Annual report on the health of the army in India
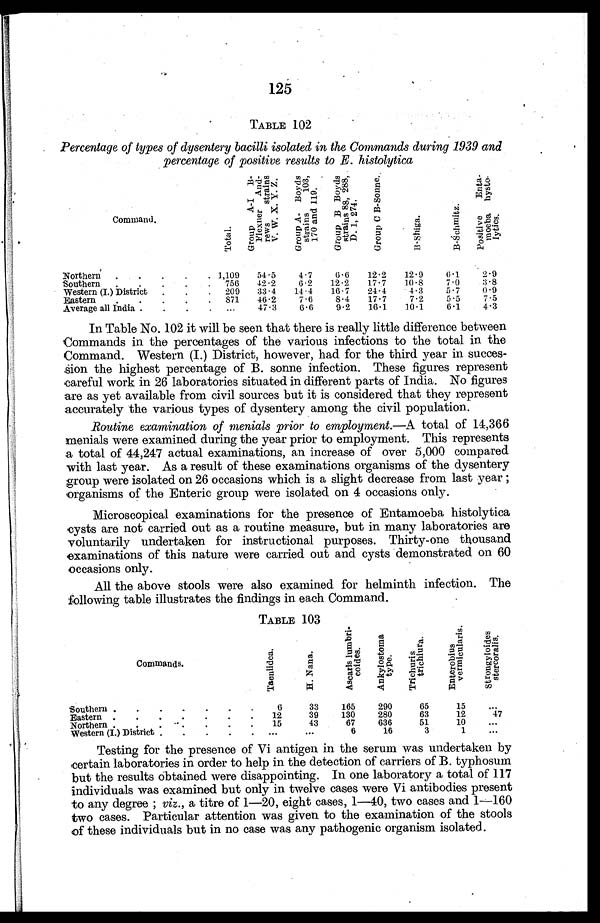
125
T TABLE 102
Percentage of types of dysentery bacilli isolated in the Commands during 1939 and
percentage of positive results to E. histolytica
Command.
T o t a l .
G r o u p A - I B - F l e x n e r A n d - r e w s s t r a i n s V . W . X . Y . Z .
G r o u p A - B o y d s s t r a i n s 1 0 3 , 1 7 0 a n d 1 1 9 .
G r o u p s B B o y d s s t r a i n s 8 8 , 2 8 8 , D . 1 , 2 7 4 .
G r o u p s C B - S o n n e .
B - S h i g a .
B -Śc
h m i t z .
P o s t i v e E n t a - mo e b a h y s t o - l y t i c s .
Northern . . . 1,109
54.5
4.7
6.6
12.2
12.9
6.1
2.9
Southern . . .
756
42.2
6.2
12.2
17.7
10.8
7.0
3.8
Western (I.) District . . .
209
33.4
14.4
16.7
24.4
4.3
5.7
0.9
Eastern . . .
871
46.2
7.6
8.4
17.7
7.2
5.5
7.5
Average all India . . .
47.3
16.1
10.1
6.1
4.3
. . .
6.6
9.2
In Table No. 102 it will be seen that there is really little difference between
Commands in the percentages of the various infections to the total in the
Command. Western (I.) District, however, had for the third year in succes
- s i o n t h e h i g h e s t p e r c e n t a g e o f B . s o n n e i n f e c t i o n . T h e s e f i g u r e s r e p r e s e n t
careful work in 26 laboratories situated in different parts of India. No figures
are as yet available from civil sources but it is considered that they represent
accurately the various types of dysentery among the civil population.
Routine examination of menials prior to employment.— A total of 14,366
menials were examined during the year prior to employment. This represents
a total of 44,247 actual examinations, an increase of over 5,000 compared
with last year. As a result of these examinations organisms of the dysentery
group were isolated on 26 occasions which is a slight decrease from last year;
organisms of the Enteric group were isolated on 4 occasions only.
Microscopical examinations for the presence of Entamoeba histolytica
cysts are not carried out as a routine measure, but in many laboratories are
voluntarily undertaken for instructional purposes. Thirty-one thousand
examinations of this nature were carried out and cysts demonstrated on 60
occasions only.
All the above stools were also examined for helminth infection. The
following table illustrates the findings in each Command.
TABLE 103
Commands.
T a e n i i d e a .
H . N a n a .
A s c a r i s l u m b r i - c o i d e s .
A n k y l o s t o m a t y p e .
T r i c h u r i s t r i c h i u r a .
E n t e r o b i u s v e r m i c u l a r i s .
S t r o n g y l o i d e s s t e r c o r a l i s .
Southern . . .
6
33
165
290
65
15
. . .
12
39
130
280
63
12
47
Eastern . . .
Northern . . .
15
43
67
636
51
10
. . .
Western (I.) District . . .
. . .
. . .
6
16
3
1
. . .
Testing for the presence of Vi antigen in the serum was undertaken by
certain laboratories in order to help in the detection of carriers of B. typhosum
but the results obtained were disappointing. In one laboratory a total of 117
individuals was examined but only in twelve cases were Vi antibodies present
to any degree; viz., a titre of 1—20, eight cases, 1—40, two cases and 1—160
two cases. Particular attention was given to the examination of the stools
of these individuals but in no case was any pathogenic organism isolated.